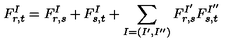
F _ { r , t } ^ { I } = F _ { r , s } ^ { I } + F _ { s , t } ^ { I } + \sum _ { I = ( I ^ { \prime } , I ^ { \prime \prime } ) } F _ { r , s } ^ { I ^ { \prime } } F _ { s , t } ^ { I ^ { \prime \prime } }